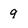
Character: q